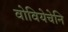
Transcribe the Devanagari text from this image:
वोवियेचेनि